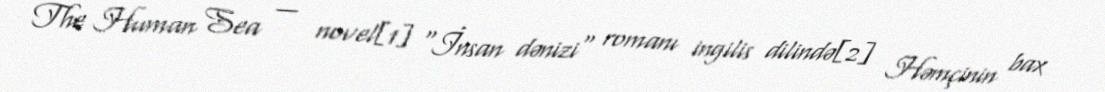
The Human Sea — novel[1] "İnsan dənizi" romanı ingilis dilində[2] Həmçinin bax